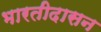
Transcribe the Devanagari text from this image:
भारतीदासन